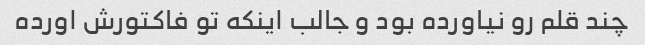
چند قلم رو نیاورده بود و جالب اینکه تو فاکتورش اورده